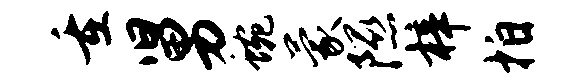
重舅蜿蒙隰梓拍